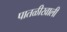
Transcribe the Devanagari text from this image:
पातळीखाली